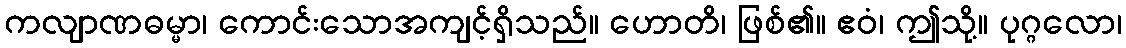
ကလျာဏဓမ္မာ၊ ကောင်းသောအကျင့်ရှိသည်။ ဟောတိ၊ ဖြစ်၏။ ဧဝံ၊ ဤသို့။ ပုဂ္ဂလော၊